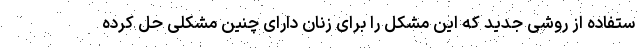
ستفاده از روشی جدید که این مشکل را برای زنان دارای چنین مشکلی حل کرده